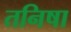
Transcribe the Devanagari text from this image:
तनिषा